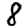
Digit: 8